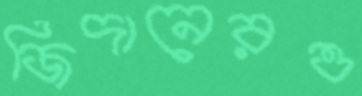
জিদানেরও